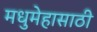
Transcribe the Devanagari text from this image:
मधुमेहासाठी